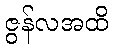
ဇွန်လအထိ